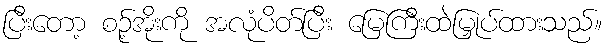
ပြီးတော့ စဉ့်အိုးကို အလုံပိတ်ပြီး မြေကြီးထဲမြှုပ်ထားသည်။